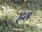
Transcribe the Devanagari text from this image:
ह्रग